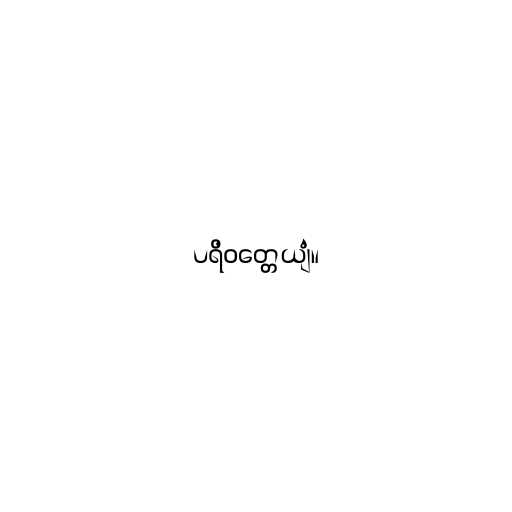
ပရိဝတ္တေယျံ။